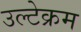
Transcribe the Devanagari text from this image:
उल्टेक्रम